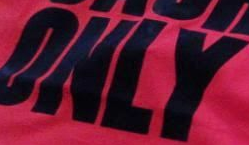
OKLY